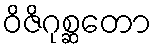
ဝိဇိဂုစ္ဆတော